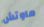
ماوتش